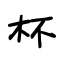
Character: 杯